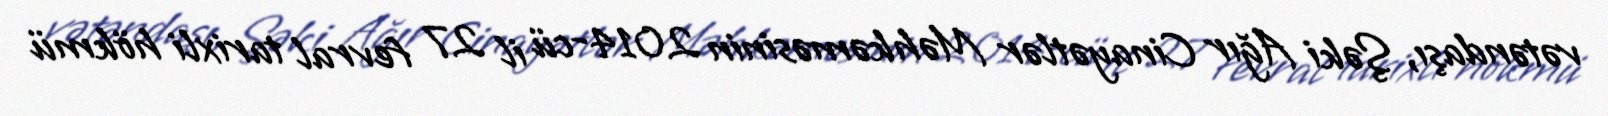
vətəndaşı, Şəki Ağır Cinayətlər Məhkəməsinin 2014-cü il 27 fevral tarixli hökmü